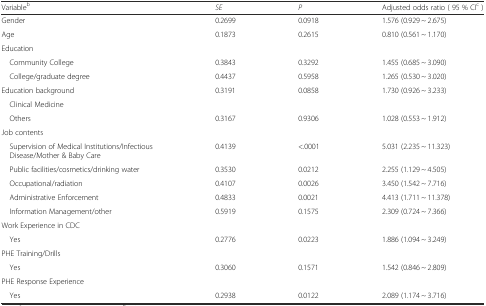
<table><thead><tr><td><b>Variable<sup>b</sup></b></td><td><b><i>SE</i></b></td><td><b><i>P</i></b></td><td><b>Adjusted odds ratio ( 95 % CI<sup>c</sup> )</b></td></tr></thead><tbody><tr><td>Gender</td><td>0.2699</td><td>0.0918</td><td>1.576 (0.929 ~ 2.675)</td></tr><tr><td>Age</td><td>0.1873</td><td>0.2615</td><td>0.810 (0.561 ~ 1.170)</td></tr><tr><td>Education</td><td></td><td></td><td></td></tr><tr><td> Community College</td><td>0.3843</td><td>0.3292</td><td>1.455 (0.685 ~ 3.090)</td></tr><tr><td> College/graduate degree</td><td>0.4437</td><td>0.5958</td><td>1.265 (0.530 ~ 3.020)</td></tr><tr><td>Education background</td><td>0.3191</td><td>0.0858</td><td>1.730 (0.926 ~ 3.233)</td></tr><tr><td> Clinical Medicine</td><td></td><td></td><td></td></tr><tr><td> Others</td><td>0.3167</td><td>0.9306</td><td>1.028 (0.553 ~ 1.912)</td></tr><tr><td>Job contents</td><td></td><td></td><td></td></tr><tr><td> Supervision of Medical Institutions/Infectious Disease/Mother &amp; Baby Care</td><td>0.4139</td><td>&lt;.0001</td><td>5.031 (2.235 ~ 11.323)</td></tr><tr><td> Public facilities/cosmetics/drinking water</td><td>0.3530</td><td>0.0212</td><td>2.255 (1.129 ~ 4.505)</td></tr><tr><td> Occupational/radiation</td><td>0.4107</td><td>0.0026</td><td>3.450 (1.542 ~ 7.716)</td></tr><tr><td> Administrative Enforcement</td><td>0.4833</td><td>0.0021</td><td>4.413 (1.711 ~ 11.378)</td></tr><tr><td> Information Management/other</td><td>0.5919</td><td>0.1575</td><td>2.309 (0.724 ~ 7.366)</td></tr><tr><td>Work Experience in CDC</td><td></td><td></td><td></td></tr><tr><td> Yes</td><td>0.2776</td><td>0.0223</td><td>1.886 (1.094 ~ 3.249)</td></tr><tr><td>PHE Training/Drills</td><td></td><td></td><td></td></tr><tr><td> Yes</td><td>0.3060</td><td>0.1571</td><td>1.542 (0.846 ~ 2.809)</td></tr><tr><td>PHE Response Experience</td><td></td><td></td><td></td></tr><tr><td> Yes</td><td>0.2938</td><td>0.0122</td><td>2.089 (1.174 ~ 3.716)</td></tr></tbody></table>